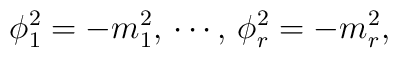
\phi_{1}^2 = -m^2_{1}, \, \cdots, \, \phi_{r}^2 = -m^2_{r},